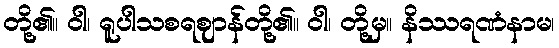
တို့၏။ ဝါ၊ ရူပါသစရဈာန်တို့၏။ ဝါ၊ တို့မှ။ နိဿရဏံနာမ၊